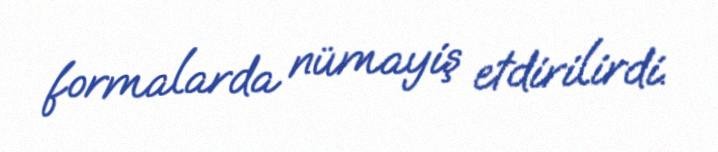
formalarda nümayiş etdirilirdi.